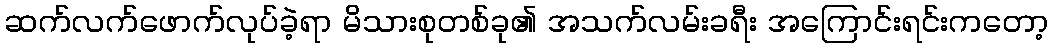
ဆက်လက်ဖောက်လုပ်ခဲ့ရာ မိသားစုတစ်ခု၏ အသက်လမ်းခရီး အကြောင်းရင်းကတော့